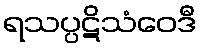
ရသပ္ပဋိသံဝေဒီ